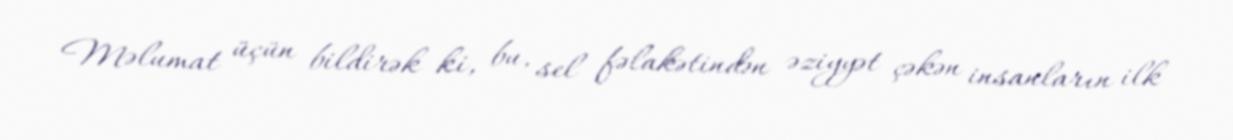
Məlumat üçün bildirək ki, bu, sel fəlakətindən əziyyət çəkən insanların ilk